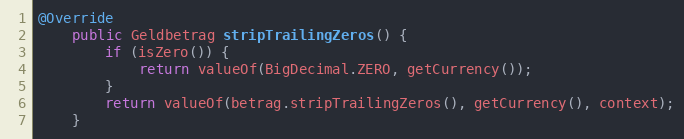
Language: Java
@Override
    public Geldbetrag stripTrailingZeros() {
        if (isZero()) {
            return valueOf(BigDecimal.ZERO, getCurrency());
        }
        return valueOf(betrag.stripTrailingZeros(), getCurrency(), context);
    }